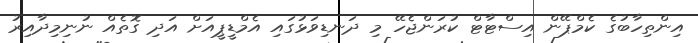
އިންތިހާބުގެ ކެމްޕޭން އިސްޓާޓް ކުރަންޖެހޭ މި ދަނޑިވަޅުގައި އެމްޑީޕީއަށް އަދި ގޮތެއް ނުނިމިދާއިރު